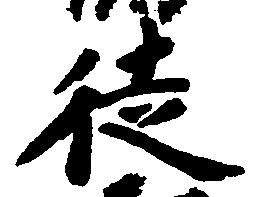
徒